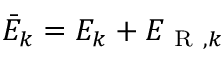
\bar { E } _ { k } = E _ { k } + E _ { \mathrm { ~ R ~ } , k }